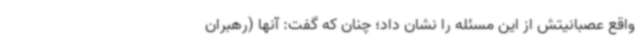
واقع عصبانیتش از این مسئله را نشان داد؛ چنان که گفت: آنها (رهبران